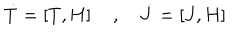
{ \dot { T } } = \left[ T , H \right] \quad , \quad { \dot { J } } = \left[ J , H \right]